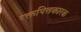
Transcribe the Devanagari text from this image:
रक्तपित्तकारक